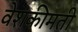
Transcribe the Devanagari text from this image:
वेशकीमती